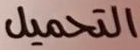
التحميل